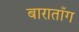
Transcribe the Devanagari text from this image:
बाराताँग